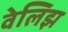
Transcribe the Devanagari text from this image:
वेलिझ